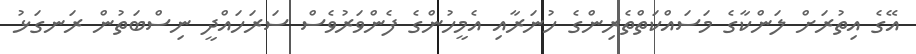
އޭގެ އިތުރަށް ލަންކާގެ މަސައްކަތްތެރިންގެ ހުނަރާއި އެމީހުންގެ ފެންވަރުވެސް ސަރަހައްދީ ނިސްބަތުން ރަނގަޅު